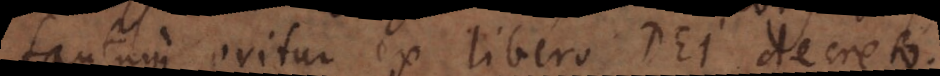
tantum oritur ex libero Dei decreto.